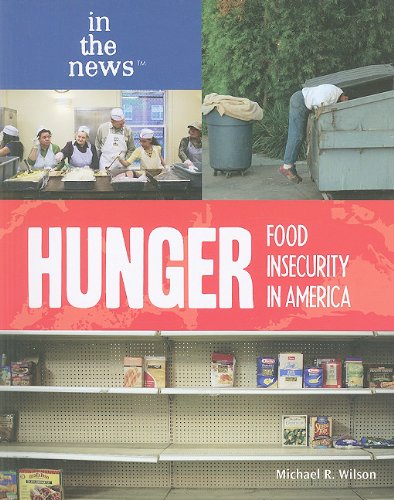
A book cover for Hunger: Food Insecurity in America (In the News); Michael R., M.D. Wilson; Teen & Young Adult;